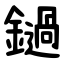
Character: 鐹